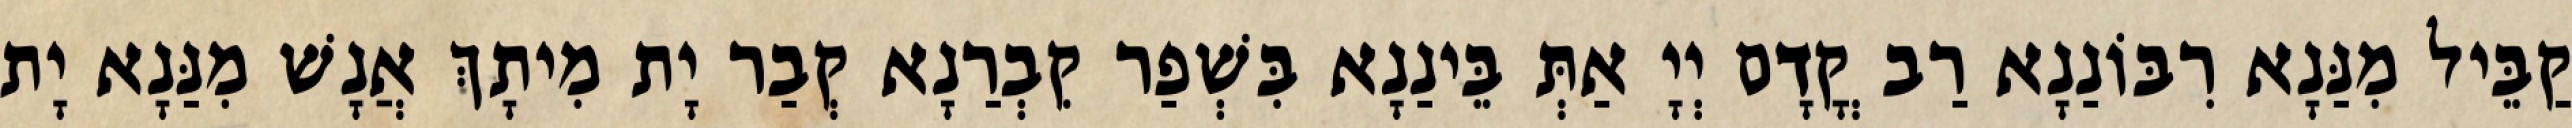
קַבֵּיל מִנַּנָא רִבּוֹנַנָא רַב קֳדָם יְיָ אַתְּ בֵּינַנָא בִּשְׁפַר קִבְרַנָא קְבַר יָת מִיתָךְ אֲנָשׁ מִנַּנָא יָת